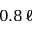
0 . 8 \, \ell